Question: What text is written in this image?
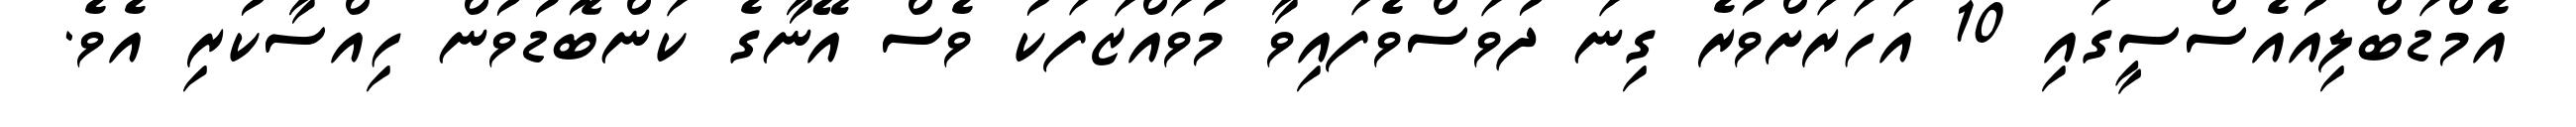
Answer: އެމްޑަބްލިއުއެސްސީގައި 10 އަހަރަށްވުރެ ގިނަ ދުވަސްވެފައިވާ މުވައްޒަފަކު ވެސް އޭނާގެ ކަންބޮޑުވުން ހިއްސާކުރި އެވެ.